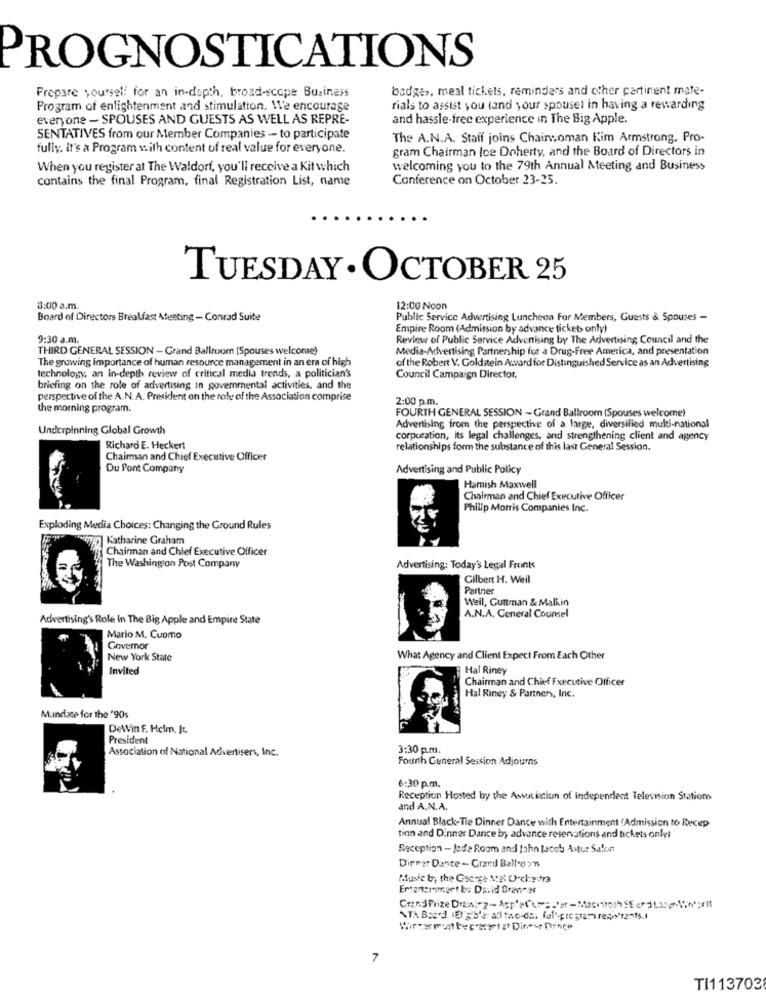
PROGNOSTICATIONS
Prepare yourself for an in-depth, broad-scope Business
badges, meal tickets, reminders and other pertinent mate-
Program of enlightenment and stimulation. We encourage
rials to assist you (and your spousel in having a rewarding
everyone - SPOUSES AND GUESTS AS WELL AS REPRE-
and hassle-free experience in The Big Apple.
SENTATIVES from our Member Companies - to participate
The A.N.A. Staff joins Chairwoman Kim Armstrong. Pro-
fully. it's a Program with content uf real value for everyone.
gram Chairman loe Doherty, and the Board of Directors in
When you register at The Waldorf, you'll receive a Kit which
welcoming you to the 79th Annual Meeting and Business
contains the final Program, final Registration List, name
Conference on October 23-25.
TUESDAY . OCTOBER 25
3:00 a.m.
12:00 Noon
Board of Directors Breakfast Ateeting - Conrad Suite
Public Service Advertising Luncheon For Members, Guests & Spouses -
Empire Room (Admission by advance tickeb only)
9:30 a.m.
Review of Public Service Advertising by The Advertising Council and the
THIRD GENERAL SESSION - Grand Ballroom [Spouses welcome)
Media-Advertising Partnership for a Drug-Free America, and presentation
The growing importance of human resource management in an era of high
of the Robert V. Goldstein Award for Distinguished Service as an Advertising
technology, an In-depth review of critical media trends, a politician's
Council Campaign Director,
briefing on the role of advertising in governmental activities, and the
perspective of the A.N. A. President on the role of the Association comprise
2:00 p.m.
the morning program.
FOURTH GENERAL SESSION - Grand Ballroom (Spouses welcome)
Underpinning Global Growth
Advertising from the perspective of a large, diversified multi-national
corporation, its legal challenges, and strengthening client and agency
Richard E. Heckert
relationships form the substance of this last General Session.
Chairman and Chief Executive Officer
Du Pont Company
Advertising and Public Policy
Hamish Maxwell
Chairman and Chief Executive Officer
Philip Morris Companies Inc.
Exploding Media Choices: Changing the Ground Rules
Katharine Graham
Chairman and Chief Executive Officer
The Washington Post Company
Advertising: Today's Legal Fronts
Gilbert H. Weil
Partner
Weil, Guttman & Malkin
Advertising's Role in The Big Apple and Empire State
A.N.A. General Counsel
Mario M. Cuomo
Governor
New York State
What Agency and Client Expect From Each Other
Invited
Hal Riney
Chairman and Chief Executive Officer
Hal Riney & Partners, Inc.
Mundase for the '90s
DeWin F. Hclm. It.
President
Association of National Advertisers, Inc.
3:30 p.m.
Fourth General Session Adjourns
6:30 p.m.
Reception Hosted by the Association of Independent Television Station
and A.N.A.
Annual Black-Tie Dinner Dance with Entertainment Admission to Recep
tinn and Dinner Dance by advance reservations and tickets onlyi
Reception - Jede Room and fohn lacob Astur Salon
Dirmar Dance - Grand Ballon
Music by the George Nog: Orchedra
Ertantemamart by# Ds:id Brenner
7
TI113703